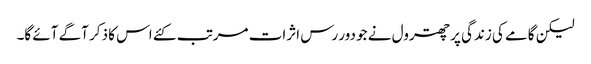
لیکن گامے کی زندگی پر چھترول نے جو دور رس اثرات مرتب کئے اس کا ذکر آگے آئے گا۔